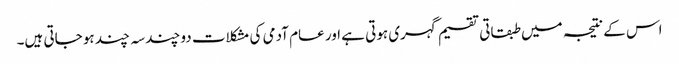
اس کے نتیجہ میں طبقاتی تقسیم گہری ہوتی ہے اور عام آدمی کی مشکلات دو چند سہ چند ہو جاتی ہیں۔